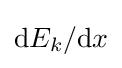
\mathrm {d} E_{k}/\mathrm {d} x